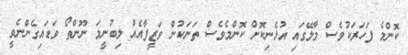
ކޮންމެ ފަހަރަކުވެސް މާލޭގައި އުޅެނިކޮށް ކޮންމެވެސް ތަނަކުން ވަޒީފާއެއް ލިބުނީމަ ނޫންތޯ ވަޑައިގެންނެވީ